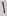
Text: 1